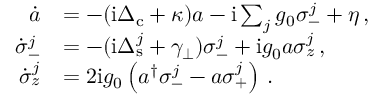
\begin{array} { r l } { \dot { a } } & { = - ( \mathrm { i } \Delta _ { \mathrm { c } } + \kappa ) a - \mathrm { i } \sum _ { j } g _ { 0 } \sigma _ { - } ^ { j } + \eta \, , } \\ { \dot { \sigma } _ { - } ^ { j } } & { = - ( \mathrm { i } \Delta _ { \mathrm { s } } ^ { j } + \gamma _ { \perp } ) \sigma _ { - } ^ { j } + \mathrm { i } g _ { 0 } a \sigma _ { z } ^ { j } \, , } \\ { \dot { \sigma } _ { z } ^ { j } } & { = 2 \mathrm { i } g _ { 0 } \left( a ^ { \dagger } \sigma _ { - } ^ { j } - a \sigma _ { + } ^ { j } \right) \, . } \end{array}